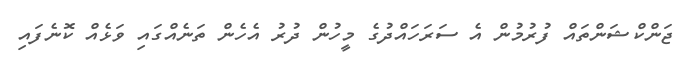
ޖަންކްޝަންތައް ފުރުމުން އެ ސަރަހައްދުގެ މީހުން ދުރު އެހެން ތަނެއްގައި ވަޅެއް ކޮނެފައި